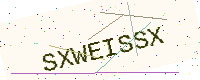
Text: SXWEISSX